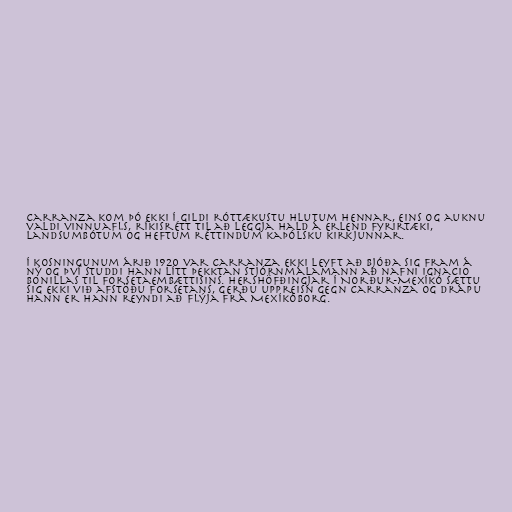
Carranza kom þó ekki í gildi róttækustu hlutum hennar, eins og auknu
valdi vinnuafls, ríkisrétt til að leggja hald á erlend fyrirtæki,
landsumbótum og heftum réttindum kaþólsku kirkjunnar.

Í kosningunum árið 1920 var Carranza ekki leyft að bjóða sig fram á
ný og því studdi hann lítt þekktan stjórnmálamann að nafni Ignacio
Bonillas til forsetaembættisins. Hershöfðingjar í Norður-Mexíkó sættu
sig ekki við afstöðu forsetans, gerðu uppreisn gegn Carranza og drápu
hann er hann reyndi að flýja frá Mexíkóborg.